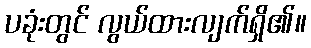
ပခုံးတွင် လွယ်ထားလျက်ရှိ၏။